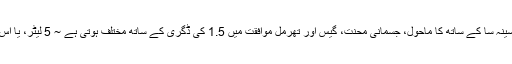
8 گھنٹے مزدوری پسینہ سا کے ساتھ کا ماحول، جسمانی محنت، گیس اور تھرمل موافقت میں 1.5 کی ڈگری کے ساتھ مختلف ہوتی ہے ~ 5 لیٹر، یا اس سے بھی زیادہ ہے ۔